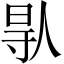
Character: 𠊛